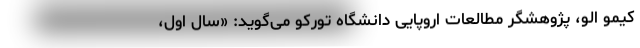
کیمو الو، پژوهشگر مطالعات اروپایی دانشگاه تورکو می‌گوید: «سال اول،